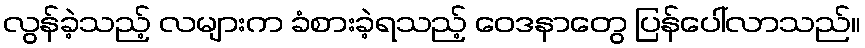
လွန်ခဲ့သည့် လများက ခံစားခဲ့ရသည့် ဝေဒနာတွေ ပြန်ပေါ်လာသည်။